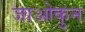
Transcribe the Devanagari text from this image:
जाओकुन